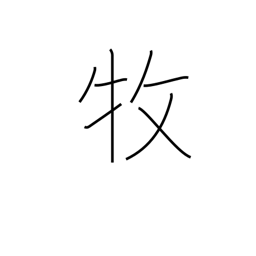
Meaning: care for